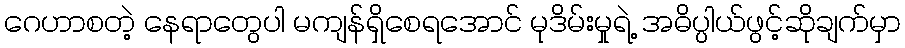
ဂေဟာစတဲ့ နေရာတွေပါ မကျန်ရှိစေရအောင် မုဒိမ်းမှုရဲ့ အဓိပ္ပါယ်ဖွင့်ဆိုချက်မှာ